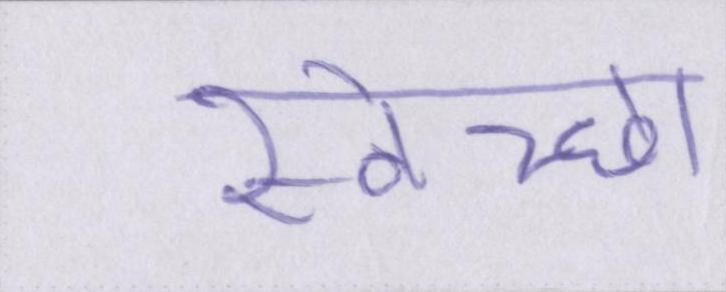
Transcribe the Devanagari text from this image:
स्वेच्छा